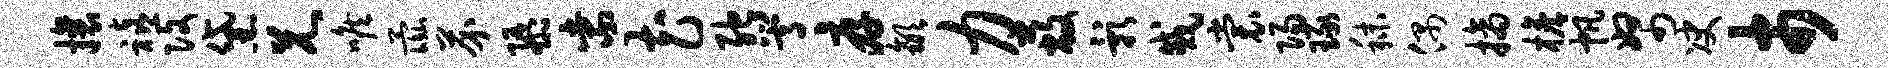
攘禧改黛兄喉彘芥隳紫花弛嵩厚歙力蔽影戚裳阳琢秣偶摘檐帆帑决市